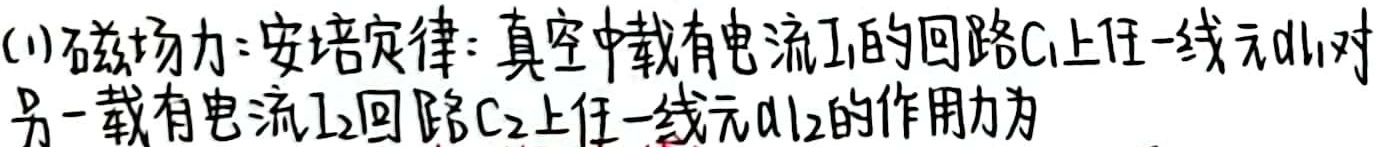
(1) 磁场力 - 安培定律：真空中载有电流$I_1$的回路$C_1$上任一线元$d\vec{l}_1$对另一载有电流$I_2$回路$C_2$上任一线元$d\vec{l}_2$的作用力为